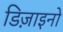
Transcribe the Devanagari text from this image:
डिज़ाइनो